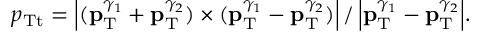
p _ { \mathrm { T t } } = { \left| ( { { \bf p } _ { \mathrm { T } } ^ { \gamma _ { 1 } } } + { { \bf p } _ { \mathrm { T } } ^ { \gamma _ { 2 } } } ) \times ( { { \bf p } _ { \mathrm { T } } ^ { \gamma _ { 1 } } } - { { \bf p } _ { \mathrm { T } } ^ { \gamma _ { 2 } } } ) \right| / \left| { { \bf p } _ { \mathrm { T } } ^ { \gamma _ { 1 } } } - { { \bf p } _ { \mathrm { T } } ^ { \gamma _ { 2 } } } \right| } .